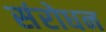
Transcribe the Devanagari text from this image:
संरोधन